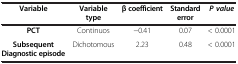
| Variable | Variable type | β coefficient | Standard error | P value |
 | --- | --- | --- | --- | --- |
 | PCT | Continuos | -0.41 | 0.07 | < 0.0001 |
 | Subsequent Diagnostic episode | Dichotomous | 2.23 | 0.48 | < 0.0001 |